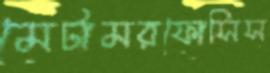
মেটামরফোসিস